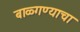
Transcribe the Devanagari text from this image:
बाळ्गण्याचा